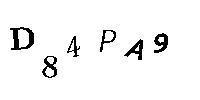
D84PA9